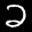
Label: 2